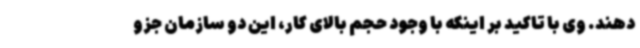
دهند. وی با تاکید بر اینکه با وجود حجم بالای کار، این دو سازمان جزو